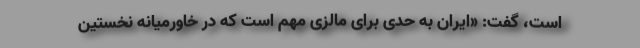
است، گفت: «ایران به حدی برای مالزی مهم است که در خاورمیانه نخستین